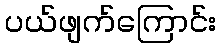
ပယ်ဖျက်ကြောင်း